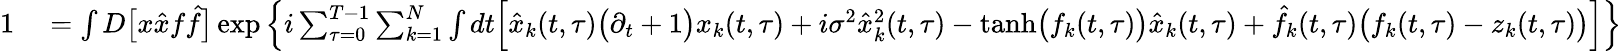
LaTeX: \begin{array}{rl}{1}&{{}=\int D\big[x\hat{x}f\hat{f}\big]\exp\left\{ i\sum_{\tau=0}^{T-1}\sum_{k=1}^{N}\int dt\Big[\hat{x}_{k}(t,\tau)\big(\partial_{t}+1\big)x_{k}(t,\tau)+i\sigma^{2}\hat{x}_{k}^{2}(t,\tau)-\mathrm{tanh}\big(f_{k}(t,\tau)\big)\hat{x}_{k}(t,\tau)+\hat{f}_{k}(t,\tau)\big(f_{k}(t,\tau)-z_{k}(t,\tau)\big)\Big]\right\} }\end{array}